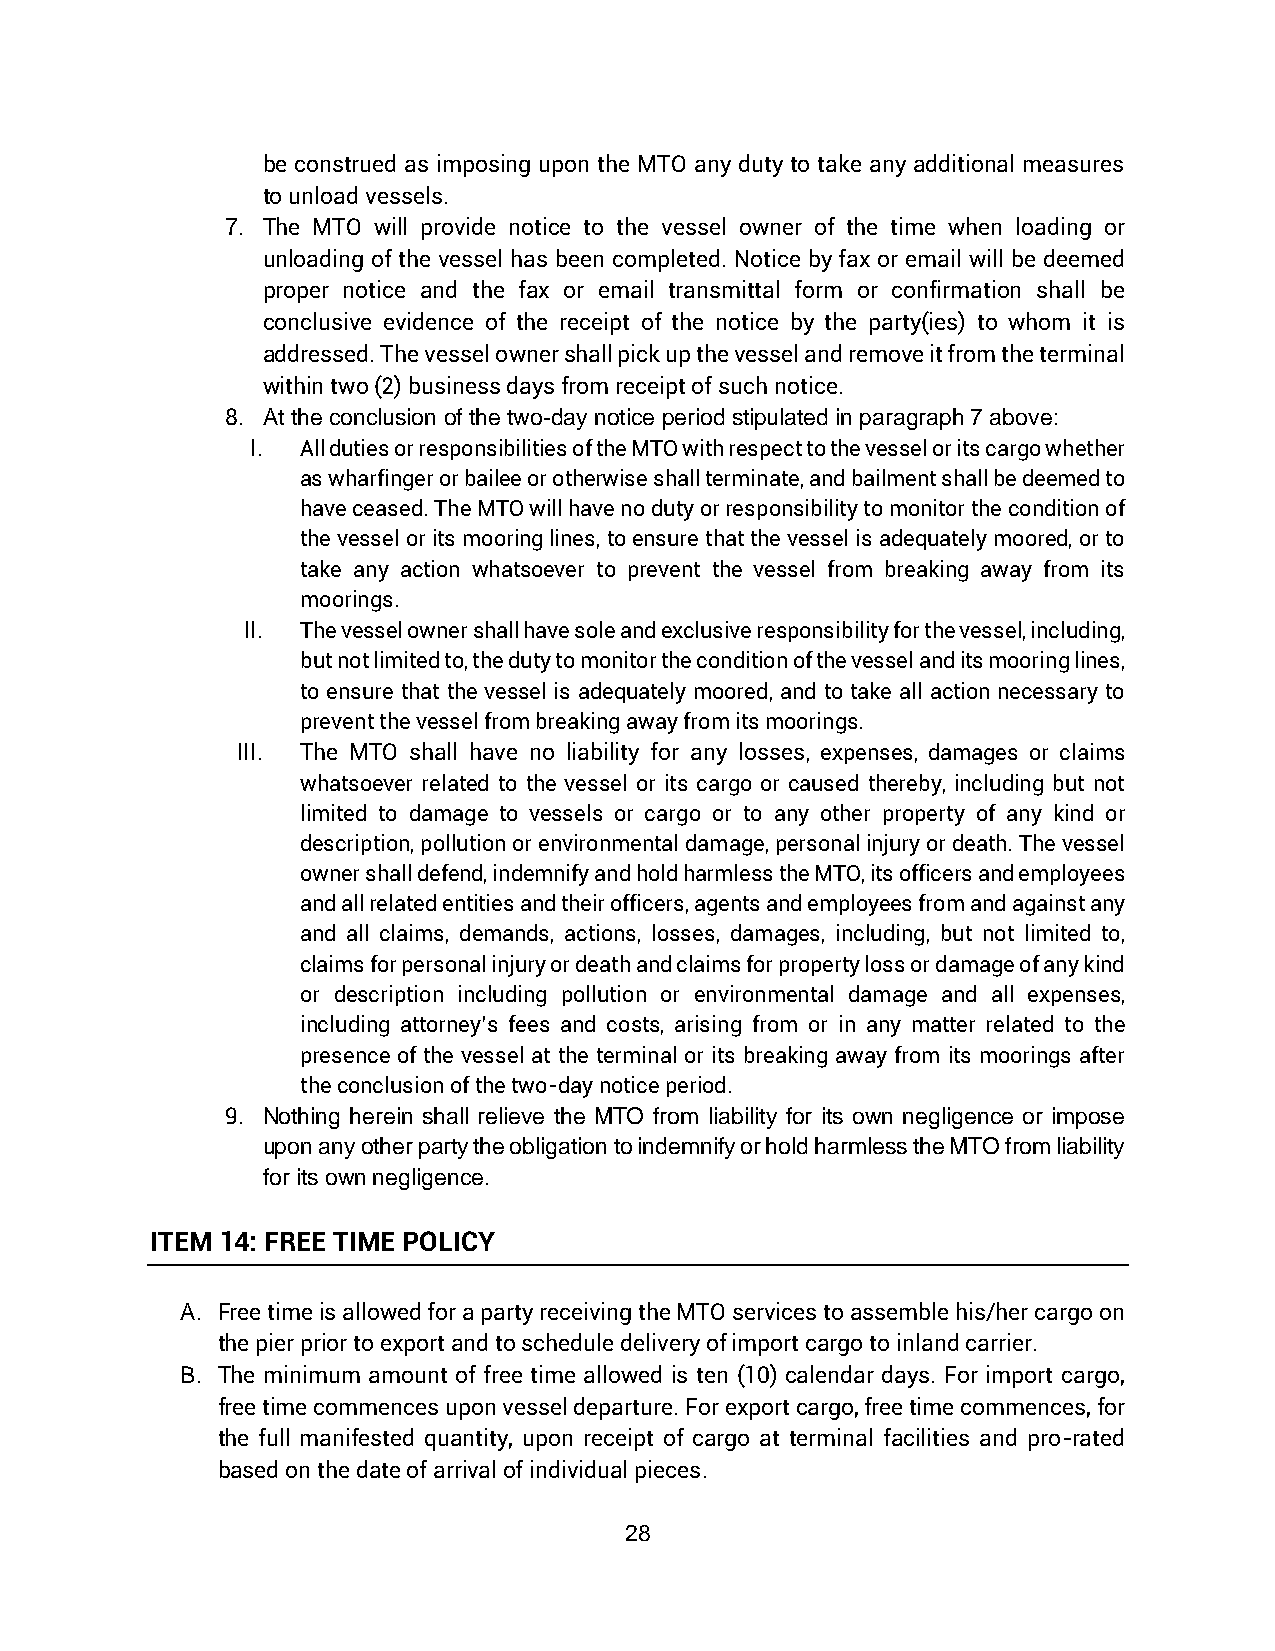
be construed as imposing upon the MTO any duty to take any additional measures
 to unload vessels.
 7. The MTO will provide notice to the vessel owner of the time when loading or
 unloading of the vessel has been completed. Notice by fax or email will be deemed
 proper notice and the fax or email transmittal form or confirmation shall be
 conclusive evidence of the receipt of the notice by the party(ies) to whom it is
 addressed. The vessel owner shall pick up the vessel and remove it from the terminal
 within two (2) business days from receipt of such notice.
 8. At the conclusion of the two-day notice period stipulated in paragraph 7 above:
 I. All duties or responsibilities of the MTO with respect to the vessel or its cargo whether
 as wharfinger or bailee or otherwise shall terminate, and bailment shall be deemed to
 have ceased. The MTO will have no duty or responsibility to monitor the condition of
 the vessel or its mooring lines, to ensure that the vessel is adequately moored, or to
 take any action whatsoever to prevent the vessel from breaking away from its
 moorings.
 II. The vessel owner shall have sole and exclusive responsibility for the vessel, including,
 but not limited to, the duty to monitor the condition of the vessel and its mooring lines,
 to ensure that the vessel is adequately moored, and to take all action necessary to
 prevent the vessel from breaking away from its moorings.
 III. The MTO shall have no liability for any losses, expenses, damages or claims
 whatsoever related to the vessel or its cargo or caused thereby, including but not
 limited to damage to vessels or cargo or to any other property of any kind or
 description, pollution or environmental damage, personal injury or death. The vessel
 owner shall defend, indemnify and hold harmless the MTO, its officers and employees
 and all related entities and their officers, agents and employees from and against any
 and all claims, demands, actions, losses, damages, including, but not limited to,
 claims for personal injury or death and claims for property loss or damage of any kind
 or description including pollution or environmental damage and all expenses,
 including attorney’s fees and costs, arising from or in any matter related to the
 presence of the vessel at the terminal or its breaking away from its moorings after
 the conclusion of the two-day notice period.
 9. Nothing herein shall relieve the MTO from liability for its own negligence or impose
 upon any other party the obligation to indemnify or hold harmless the MTO from liability
 for its own negligence.
 ITEM 14: FREE TIME POLICY
 A. Free time is allowed for a party receiving the MTO services to assemble his/her cargo on
 the pier prior to export and to schedule delivery of import cargo to inland carrier.
 B. The minimum amount of free time allowed is ten (10) calendar days. For import cargo,
 free time commences upon vessel departure. For export cargo, free time commences, for
 the full manifested quantity, upon receipt of cargo at terminal facilities and pro-rated
 based on the date of arrival of individual pieces.
 28